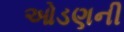
ઓડણની